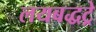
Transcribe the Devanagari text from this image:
लयबद्धट्रे